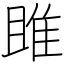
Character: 雎